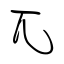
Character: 兀